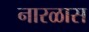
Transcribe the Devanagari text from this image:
नारळास